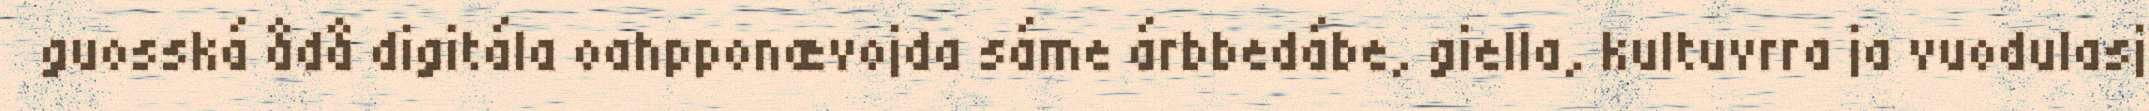
guosská ådå digitála oahpponævojda sáme árbbedábe, giella, kultuvrra ja vuodulasj